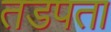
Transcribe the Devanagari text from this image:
तडपता